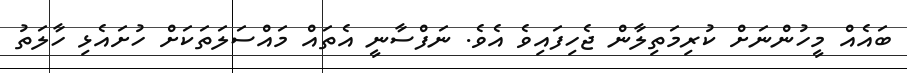
ބައެއް މީހުންނަށް ކުރިމަތިލާން ޖެހިފައިވެ އެވެ. ނަފްސާނީ އެތައް މައްސަލަތަކަށް ހުށައެޅި ހާލަތު